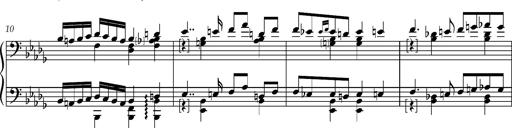
Title: 8 Album Leaves
Composer: Franz Liszt